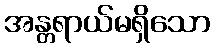
အန္တရာယ်မရှိသော